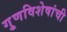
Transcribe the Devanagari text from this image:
गु्णविशेषांची